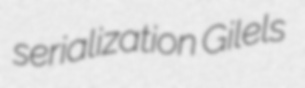
serialization Gilels